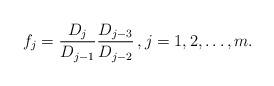
LaTeX: \begin{align*}f_j = \frac{D_j}{D_{j-1}} \frac{D_{j-3}}{D_{j-2}}\,, j = 1, 2, \ldots, m .\end{align*}